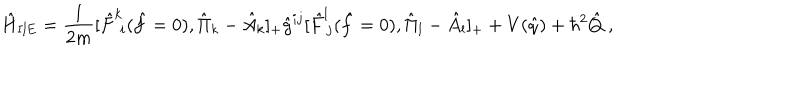
LaTeX: \hat { H } _ { \mathrm { I I E } } = \frac { 1 } { 2 m } [ \hat { F } ^ { k } \! _ { i } ( \hat { f } = 0 ) , \hat { \Pi } _ { k } - \hat { A } _ { k } ] _ { + } \hat { g } ^ { i j } [ \hat { F } ^ { l } \! _ { j } ( \hat { f } = 0 ) , \hat { \Pi } _ { l } - \hat { A } _ { l } ] _ { + } + V ( \hat { q } ) + { \hbar } ^ { 2 } \hat { Q } \; ,